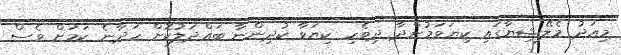
މިއަދު މެލޭޝިޔާގައި ކިޔަވަމުންދާ ދިވެހި ކިޔަވާ ކުދިންނާ ބައްދަލުކޮށް ހަދާނެ ކަމަށް ވެސް